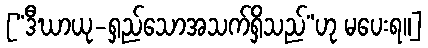
[“ဒီဃာယု-ရှည်သောအသက်ရှိသည်”ဟု မပေးရ။]